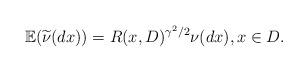
LaTeX: \begin{align*}\mathbb{E}(\widetilde{\nu}(dx))=R(x,D)^{\gamma^2/2} \nu(dx), x\in D.\end{align*}